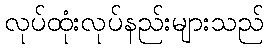
လုပ်ထုံးလုပ်နည်းများသည်